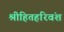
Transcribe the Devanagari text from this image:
श्रीहितहरिवंश